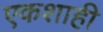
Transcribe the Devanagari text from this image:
एकशाही